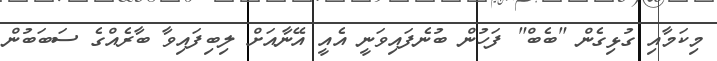
މިކަމާއި ގުޅިގެން "ބެބް" ފަހުން ބުނެފައިވަނީ އެއީ އޭނާއަށް ލިބިފައިވާ ބާރެއްގެ ސަބަބުން